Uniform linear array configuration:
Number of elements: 24
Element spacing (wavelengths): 0.5
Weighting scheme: blackman
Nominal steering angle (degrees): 0
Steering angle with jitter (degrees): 0.2449
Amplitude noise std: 0.05
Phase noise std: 0.05

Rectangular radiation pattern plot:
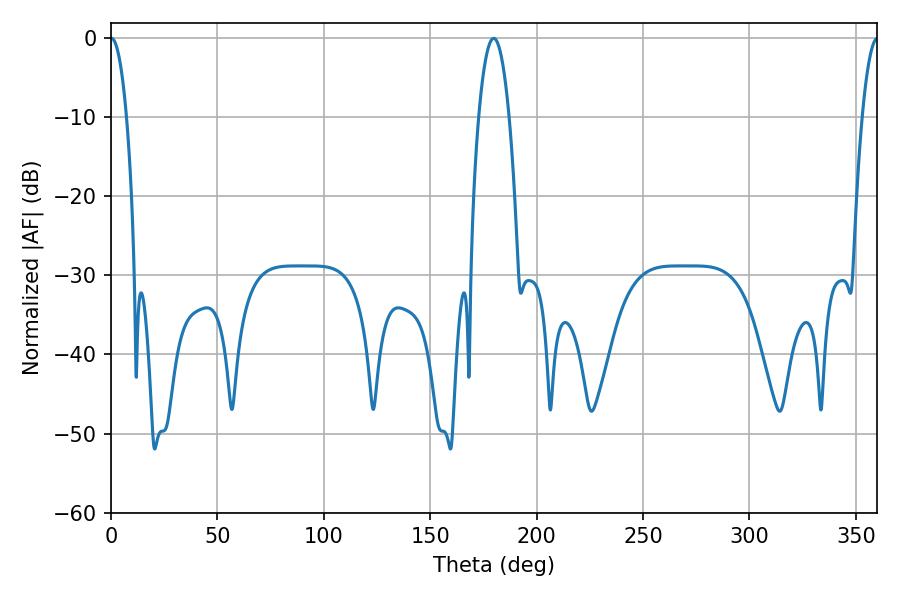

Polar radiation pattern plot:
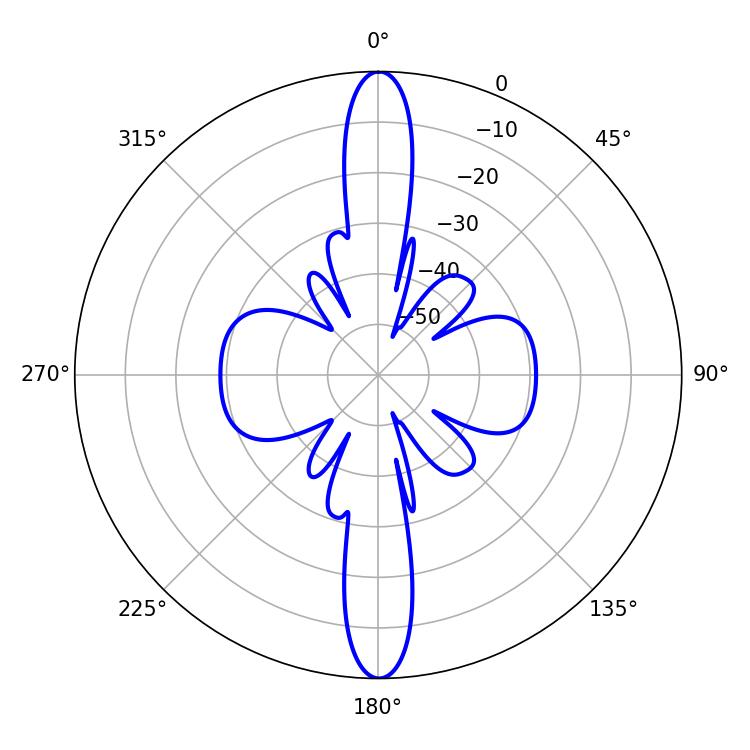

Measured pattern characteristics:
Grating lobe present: FALSE
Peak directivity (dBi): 35.264
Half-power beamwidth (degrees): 4.14
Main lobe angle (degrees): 0.18